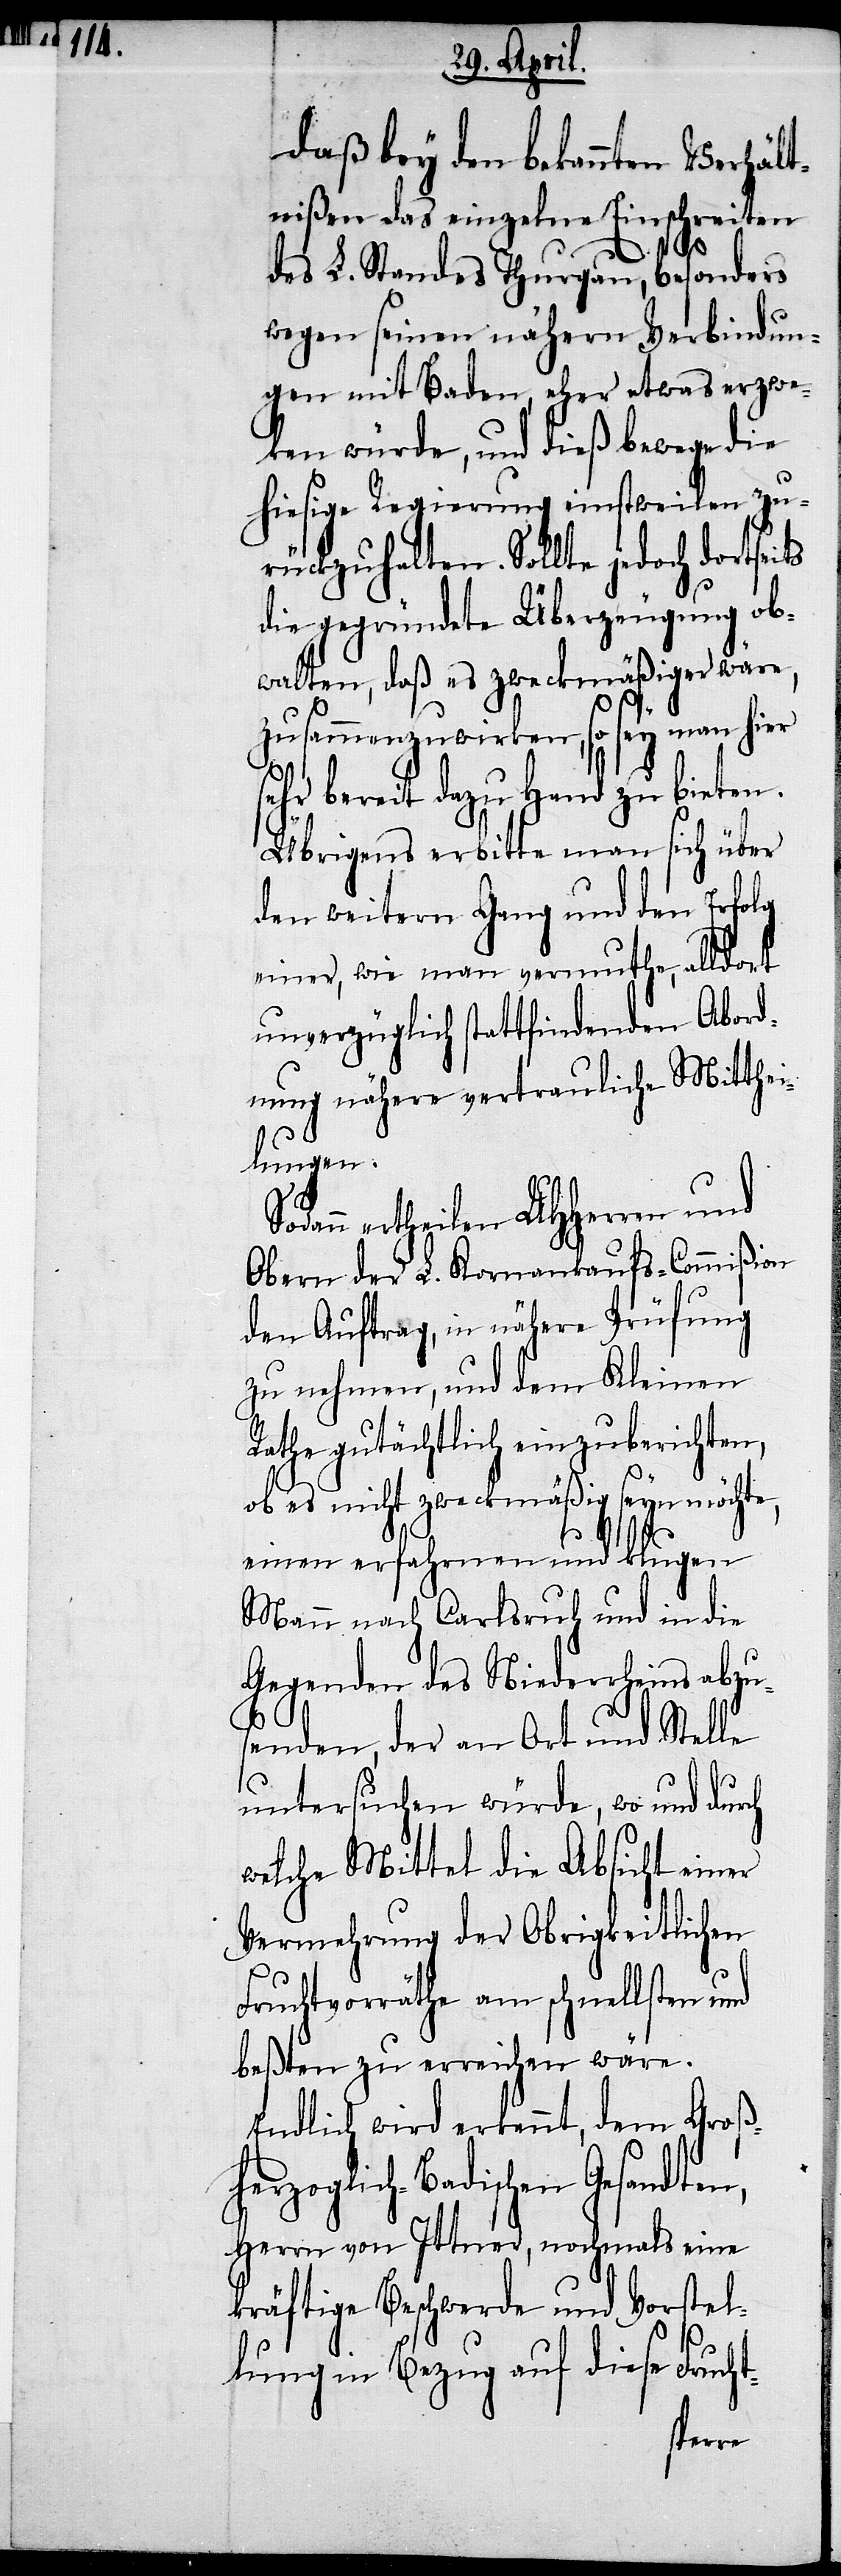
ht-

daß bey den bekannten Verhält¬
nißen das einzelne Einschreiten
des L. Standes Thurgau, besonders
wegen seinen nähern Verbindun¬
gen mit Baden, eher etwas erzwe¬
ken würde, und dieß bewege die
hiesige Regierung einstweilen zu¬
rückzuhalten. Sollte jedoch dortsei¬
die gegründete Überzeugung ob¬
walten, daß es zweckmäßiger wäre,
zusammenwirken, so sey man hier
sehr bereit dazu Hand zu bieten.
Übrigens erbitte man sich über
den weitern Gang und den Erfolg
einer, wie man vermuthe, alldort
unverzüglich stattfindenden Abord¬
nung nähere vertrauliche Mitthei¬
lungen.
dann ertheilen UHHerren und
Obern der L. Kornverkaufs-Commißion
den Auftrag, in nähere Prüfung
zu nehmen, und dem Kleinen
Rathe gutächtlich einzuberichten,
ob es nicht zweckmäßig seyn möchte,
einen erfahrnen und klugen
Mann nach Carlsruh und in die
Gegenden des Niederrheins abzus¬
enden, der an Ort und Stelle
untersuchen würde, wo und durch
welche Mittel die Absicht einer
Vermehrung der Obrigkeitlichen
Fruchtvorräthe am schnellsten und
beßten zu erreichen wäre.
Endlich wird erkennt, dem Großh¬
erzoglich-Badischen Gesan¬
Herrn von Ittner, nochmals eine
kräftige Beschwerde und Vorstel¬
lung in Bezug auf diese Fruc¬
dten,